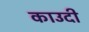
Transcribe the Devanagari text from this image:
काउदी